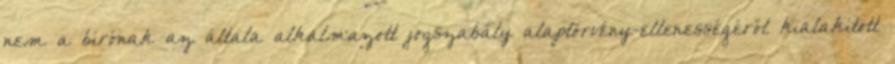
nem a bírónak az általa alkalmazott jogszabály alaptörvény-ellenességéről kialakított